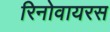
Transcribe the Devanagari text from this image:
रिनोवायरस